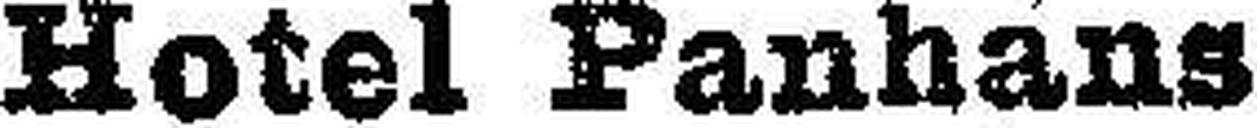
Hotel Panhans